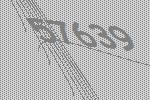
57639